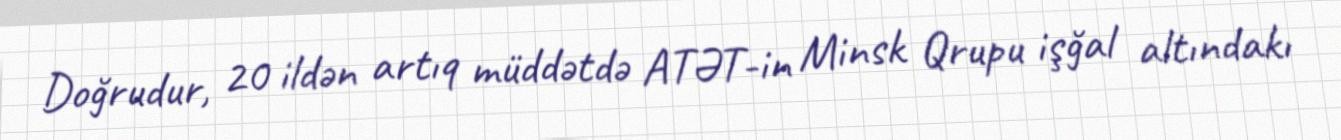
Doğrudur, 20 ildən artıq müddətdə ATƏT-in Minsk Qrupu işğal altındakı